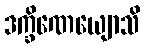
ဒက္ခိဏေယျောသိ